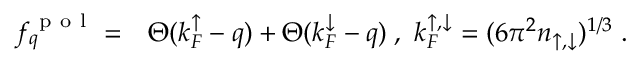
\begin{array} { r l } { f _ { q } ^ { \mathrm { ~ p ~ o ~ l ~ } } = } & { { } \Theta ( k _ { F } ^ { \mathord { \uparrow } } - q ) + \Theta ( k _ { F } ^ { \mathord { \downarrow } } - q ) \; , ~ k _ { F } ^ { \mathord { \uparrow } , \mathord { \downarrow } } = ( 6 \pi ^ { 2 } n _ { \mathord { \uparrow } , \mathord { \downarrow } } ) ^ { 1 / 3 } \; . } \end{array}